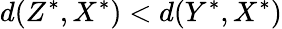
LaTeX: d(Z^{\ast},X^{\ast})<d(Y^{\ast},X^{\ast})